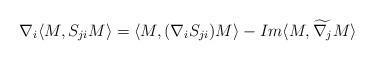
LaTeX: \begin{align*}\nabla_{i}\langle M, S_{ji} M\rangle =\langle M,(\nabla_{i}S_{ji}) M\rangle -Im\langle M,\widetilde{\nabla_{j}}M\rangle \end{align*}